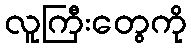
လူကြီးတွေကို